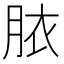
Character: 𭨳